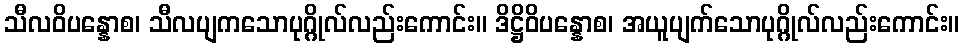
သီလဝိပန္နောစ၊ သီလပျကသောပုဂ္ဂိုလ်လည်းကောင်း။ ဒိဋ္ဌိဝိပန္နောစ၊ အယူပျက်သောပုဂ္ဂိုလ်လည်းကောင်း။